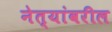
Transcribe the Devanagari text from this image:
नेत्यांवरील